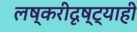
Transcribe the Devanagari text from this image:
लष्करीदृष्ट्याही